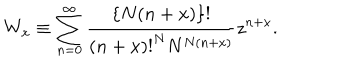
LaTeX: W _ { x } \equiv \sum _ { n = 0 } ^ { \infty } \frac { \{ N ( n + x ) \} ! } { { ( n + x ) ! } ^ { N } N ^ { N ( n + x ) } } z ^ { n + x } .